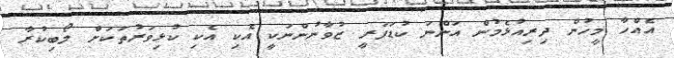
އެއްހާ މީހުން ދިރިއުޅެމުން އަންނަ ކުޑަފަރީ ޒުވާނުންނަކީ އެކި އެކި ކުޅިވަރުތަކަށް ލޯބިކުރާ